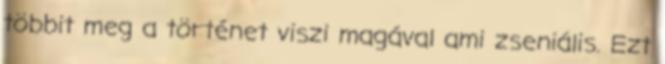
többit meg a történet viszi magával ami zseniális. Ezt